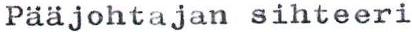
Pääjohtajan sihteeri